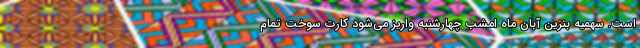
است. سهمیه بنزین آبان ماه امشب چهارشنبه واریز می‌شود کارت سوخت تمام